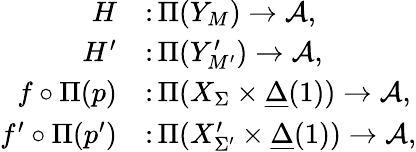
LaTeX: \begin{array}{rl}{H}&{\colon\Pi(Y_{M})\to\mathcal{A},}\\ {H^{\prime}}&{\colon\Pi(Y_{M^{\prime}}^{\prime})\to\mathcal{A},}\\ {f\circ\Pi(p)}&{\colon\Pi(X_{\Sigma}\times\underline{{\Delta}}(1))\to\mathcal{A},}\\ {f^{\prime}\circ\Pi(p^{\prime})}&{\colon\Pi(X_{\Sigma^{\prime}}^{\prime}\times\underline{{\Delta}}(1))\to\mathcal{A},}\end{array}